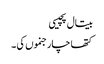
بیتال پچیسی
کتھا چار جنموں کی ۔